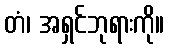
တံ၊ အရှင်ဘုရားကို။